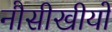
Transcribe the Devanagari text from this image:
नौसीखीयों